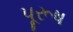
પૂરૂષ